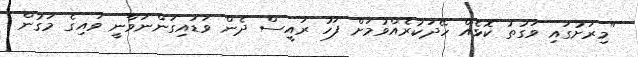
"މިރަށުގައި ވަގުތު ކޮޅެއް ހޭދަކުރެއްވުމަށް ފަހު ރައީސް ދެން ވަޑައިގަންނަވާނީ ވައިގެ މަގުން